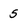
Character: 5